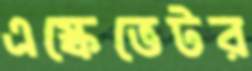
এস্কেভেটর